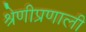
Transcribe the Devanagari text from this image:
श्रेणीप्रणाली